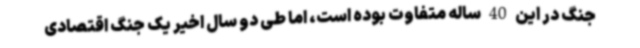
جنگ در این 40 ساله متفاوت بوده است، اما طی دو سال اخیر یک جنگ اقتصادی